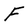
Character: F